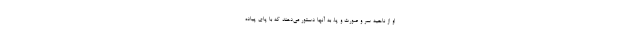
او از ناحیه سر و صورت و پا، به آنها دستور می‌دهند که با پای پیاده